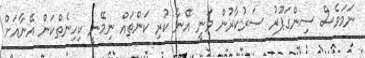
ނަމަވެސް ސިންގަޕޫރު ސަރުކާރުން ވަނީ އޭނާ ކުރި ކަންތައް ނިމޭނީ ކިހިނެތްކަން އޭނާއަށް